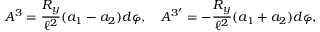
A ^ { 3 } = { \frac { R _ { y } } { \ell ^ { 2 } } } ( a _ { 1 } - a _ { 2 } ) d \varphi , \quad A ^ { 3 ^ { \prime } } = - { \frac { R _ { y } } { \ell ^ { 2 } } } ( a _ { 1 } + a _ { 2 } ) d \varphi ,